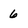
Character: 6